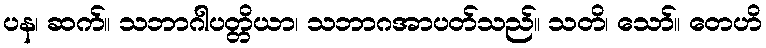
ပန၊ ဆက်။ သဘာဂါပတ္တိယာ၊ သဘာဂအာပတ်သည်။ သတိ၊ သော်။ တေဟိ